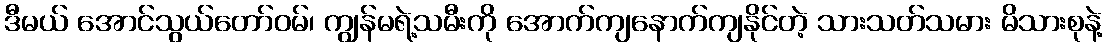
ဒီမယ် အောင်သွယ်တော်ဝမ်၊ ကျွန်မရဲ့သမီးကို အောက်ကျနောက်ကျနိုင်တဲ့ သားသတ်သမား မိသားစုနဲ့